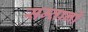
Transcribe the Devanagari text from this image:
सम्तानों